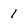
Character: 1